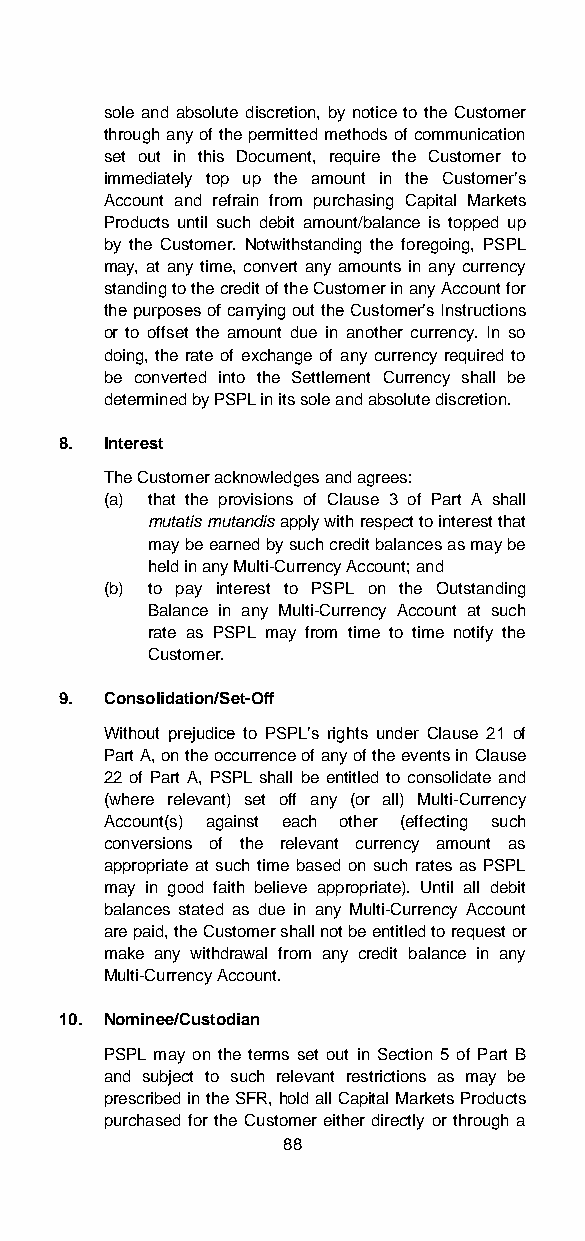
sole and absolute discretion, by notice to the Customer
 through any of the permitted methods of communication
 set out in this Document, require the Customer to
 immediately top up the amount in the Customer’s
 Account and refrain from purchasing Capital Markets
 Products until such debit amount/balance is topped up
 by the Customer. Notwithstanding the foregoing, PSPL
 may, at any time, convert any amounts in any currency
 standing to the credit of the Customer in any Account for
 the purposes of carrying out the Customer’s Instructions
 or to offset the amount due in another currency. In so
 doing, the rate of exchange of any currency required to
 be converted into the Settlement Currency shall be
 determined by PSPL in its sole and absolute discretion.
 8. Interest
 The Customer acknowledges and agrees:
 (a) that the provisions of Clause 3 of Part A shall
 mutatis mutandis apply with respect to interest that
 may be earned by such credit balances as may be
 held in any Multi-Currency Account; and
 (b) to pay interest to PSPL on the Outstanding
 Balance in any Multi-Currency Account at such
 rate as PSPL may from time to time notify the
 Customer.
 9. Consolidation/Set-Off
 Without prejudice to PSPL’s rights under Clause 21 of
 Part A, on the occurrence of any of the events in Clause
 22 of Part A, PSPL shall be entitled to consolidate and
 (where relevant) set off any (or all) Multi-Currency
 Account(s) against each other (effecting such
 conversions of the relevant currency amount as
 appropriate at such time based on such rates as PSPL
 may in good faith believe appropriate). Until all debit
 balances stated as due in any Multi-Currency Account
 are paid, the Customer shall not be entitled to request or
 make any withdrawal from any credit balance in any
 Multi-Currency Account.
 10. Nominee/Custodian
 PSPL may on the terms set out in Section 5 of Part B
 and subject to such relevant restrictions as may be
 prescribed in the SFR, hold all Capital Markets Products
 purchased for the Customer either directly or through a
 88